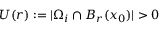
U ( r ) : = | \Omega _ { i } \cap B _ { r } ( x _ { 0 } ) | > 0